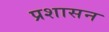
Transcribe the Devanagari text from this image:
प्रशासन